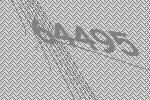
64495